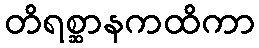
တိရစ္ဆာနကထိကာ